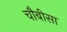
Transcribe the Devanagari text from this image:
चौबीसा